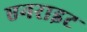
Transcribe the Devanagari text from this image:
एनराइट